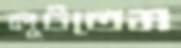
লুটতেম